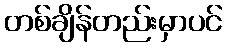
တစ်ချိန်တည်းမှာပင်